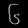
Digit: ၆